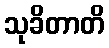
သုခိတာတိ